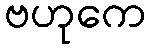
ဗဟုကေ